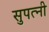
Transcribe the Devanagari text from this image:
सुपत्‍नी